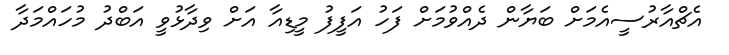
އެޗްއާރުސީއެމަށް ބަޔާން ދެއްވުމަށް ފަހު އަފީފު މީޑިއާ އަށް ވިދާޅުވީ އަބްދު މުހައްމަދާ